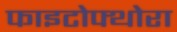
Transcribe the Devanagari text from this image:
फाइटोफ्थोरा